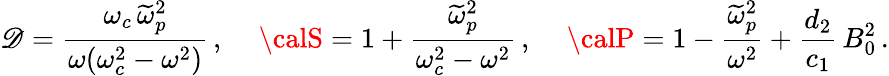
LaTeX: {\cal\mathscr{D}}=\frac{{\omega_{c}\, \widetilde{{\omega}}_{p}^{2}}}{{\omega(\omega_{c}^{2}-\omega^{2})}}\, ,\, \quad{\calS}=1+\frac{{\widetilde{{\omega}}_{p}^{2}}}{{\omega_{c}^{2}-\omega^{2}}}\, ,\, \quad{\calP}=1-\frac{{\widetilde{{\omega}}_{p}^{2}}}{{\omega^{2}}}+\frac{{d_{2}}}{{c_{1}}}\, B_{0}^{2}\, .